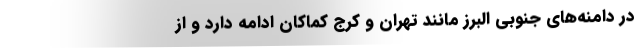
در دامنه‌های جنوبی البرز مانند تهران و کرج کماکان ادامه دارد و از